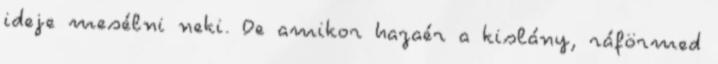
ideje mesélni neki. De amikor hazaér a kislány, ráförmed